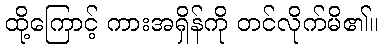
ထို့ကြောင့် ကားအရှိန်ကို တင်လိုက်မိ၏။